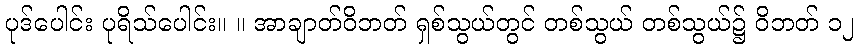
ပုဒ်ပေါင်း ပုရိသ်ပေါင်း။ ။ အာချာတ်ဝိဘတ် ရှစ်သွယ်တွင် တစ်သွယ် တစ်သွယ်၌ ဝိဘတ် ၁၂